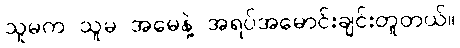
သူမက သူမ အမေနဲ့ အရပ်အမောင်းချင်းတူတယ်။